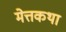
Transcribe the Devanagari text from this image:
मेत्तकथा